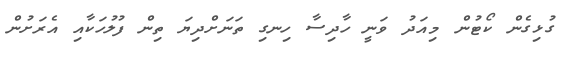
ގުޅިގެން ކޯޓުން މިއަދު ވަނީ ހާދިސާ ހިނގި ތަނަށްދިޔަ ތިން ފުލުހަކާއި އެރަށުން